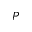
\boldsymbol { P }